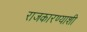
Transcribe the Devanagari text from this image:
राजकारण्याशी